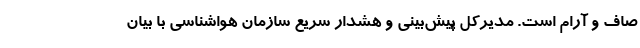
صاف و آرام است. مدیرکل پیش‌بینی و هشدار سریع سازمان هواشناسی با بیان